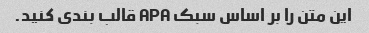
این متن را بر اساس سبک APA قالب بندی کنید.